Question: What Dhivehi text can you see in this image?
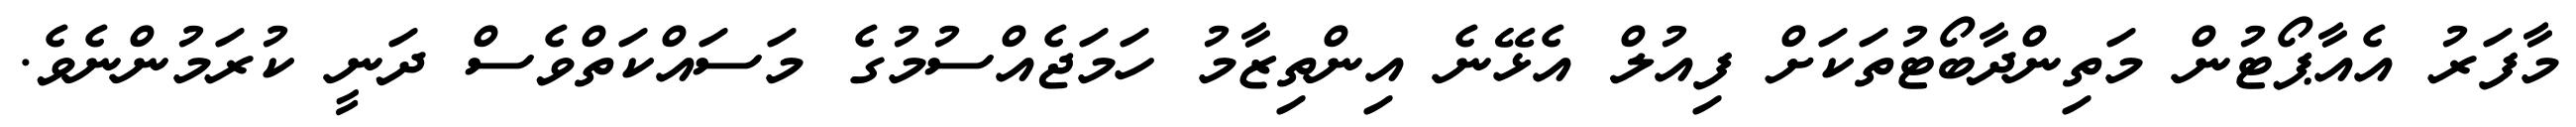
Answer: މާފަރު އެއާޕޯޓުން މަތިންދާބޯޓުތަކަށް ފިއުލް އެޅޭނެ އިންތިޒާމު ހަމަޖެއްސުމުގެ މަސައްކަތްވެސް ދަނީ ކުރަމުންނެވެ.